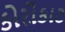
કોરીકાટ